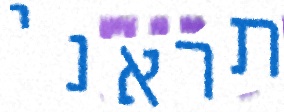
תראני